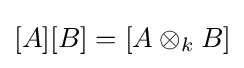
[A][B]=\left[A\otimes _{k}B\right]